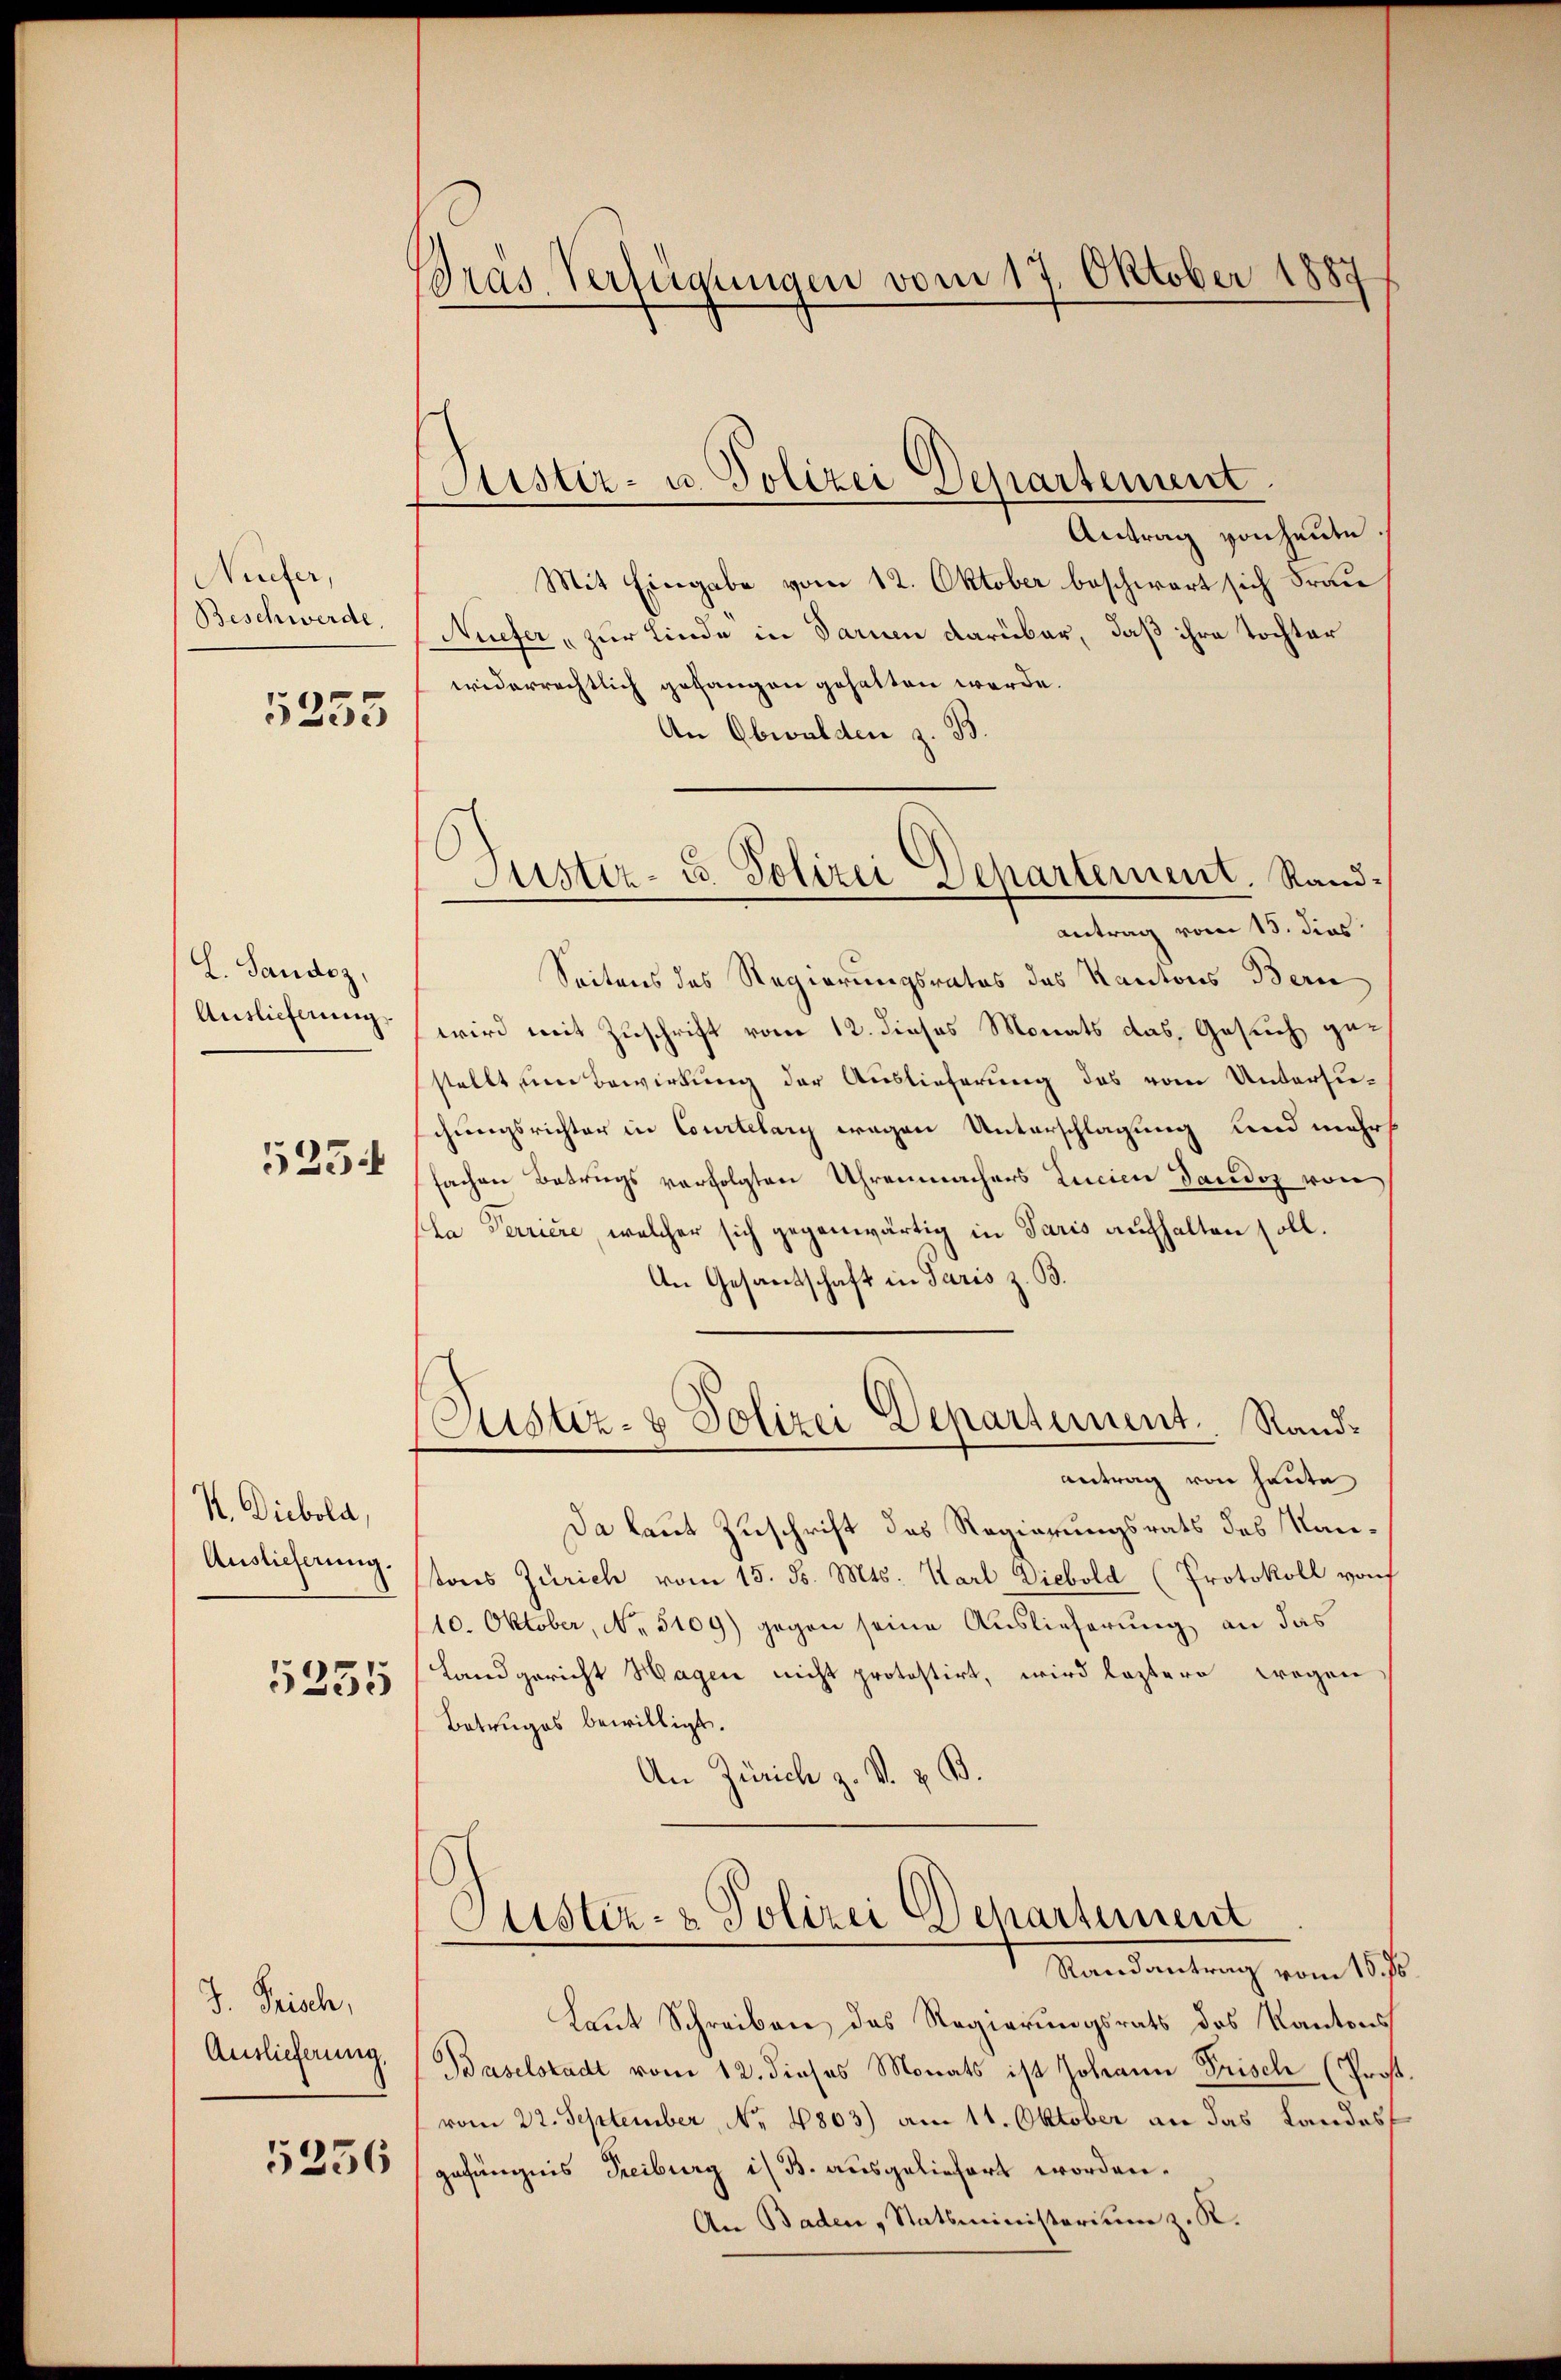
NNiefer,
Beschwerde,
5255

L. Sandoz,
Auslieferung
5254

H. Diebola,
Auslicherung.
5255

J. Prisch,
Auslieferung,

5236

Tras Verfügungen vom 17. Oktober 1887

Suster- u. Polizei Departement

Antrag vonheute.
Mit Eingabe vom 12. Oktober beschwart sich Frau
Niefer, zur Linde in Sarnen darüber, daß ihre Tochter
widerrechtlich gefangen gehalten werde.
An Obwalden z. B.
antrag vom 15. dies
Seitens des Regierungsrates des Kantons Bern
wird mit Zuschrift vom 12. dieses Monats das Gesuch gestellt um Bewirkung der Auslieferung das vom Untersuchungsrichter in Courtelary wegen Unterschlagung und mehr
fachen Betrugs verfolgten Uhrenmachers Zucien Sandoz von
la Terriere, welcher sich gegenwärtig in Paris aufhalten soll.
An Gesandschaft in Paris z. B.
Justiz- & Polizei Departement. Randantrag von heute
Da laut Zuschrift des Regierungsrats des Nantons Zürich vom 15. d. Mts. Karl Diebold (Protokoll von
10. Oktober, No. 5109) gegen seine Auslieferung an das
Landgericht Hagen nicht protestirt, wird leztere wegen
Betruges bewilligt.
An Zürich z. S. z. B.
Custiz- & Polizei Departement
Randantrag vom 15. ds
Laut Schreiben das Regierungsrats des Kantons
Baselstadt vom 12. dieses Monats ist Johann Frisch (Prof.
vom 22. September, No. 4803) am 11. Oktober an das Landes
gefängnis Treiburg i. B. ausgeliefert worden.
An Baden „Statsministerium z. R.

Justiz- u Polizei Dehartement. Rand¬